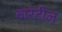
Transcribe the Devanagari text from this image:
वारंटीज